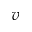
v